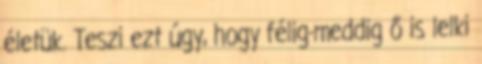
életük. Teszi ezt úgy, hogy félig-meddig ő is lelki